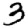
Digit: 3